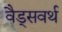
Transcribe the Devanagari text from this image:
वैड्सवर्थ